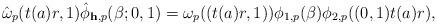
LaTeX: \begin{align*} \hat{\omega}_p(t(a)r,1)\hat{\phi}_{\mathbf h,p}(\beta;0,1) = \omega_p((t(a)r,1))\phi_{1,p}(\beta) \phi_{2,p}((0,1)t(a)r),\end{align*}